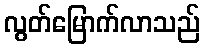
လွတ်မြောက်လာသည်